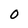
Character: O